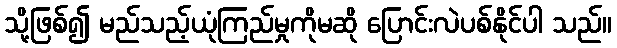
သို့ဖြစ်၍ မည်သည့်ယုံကြည်မှုကိုမဆို ပြောင်းလဲပစ်နိုင်ပါ သည်။